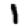
Digit: 1